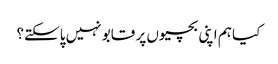
کیا ہم اپنی بچیوں پر قابو نہیں پاسکتے؟